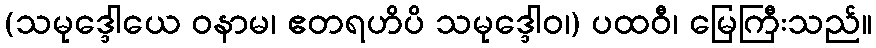
(သမုဒ္ဒေါယေ ဝနာမ၊ ဧတရဟိပိ သမုဒ္ဒေါဝ၊) ပထဝီ၊ မြေကြီးသည်။